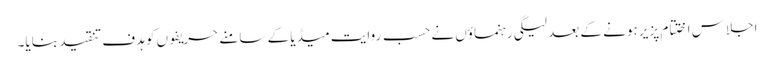
اجلاس اختتام پزیر ہونے کے بعد لیگی رہنماؤں نے حسب روایت میڈیا کے سامنے حریفوں کو ہدف تنقید بنایا۔